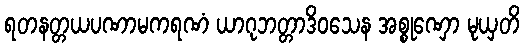
ရတနတ္တယပဏာမကရဏံ ယာဂုဘတ္တာဒိဝသေန အစ္စုဏှော မုယှတိ